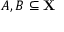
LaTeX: A , B \subseteq \mathbf { X }